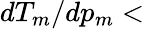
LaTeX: dT_{m}/dp_{m}<